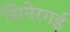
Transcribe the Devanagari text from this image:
सिनेरगई